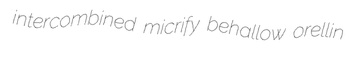
intercombined micrify behallow orellin